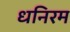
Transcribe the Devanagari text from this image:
धनिरम